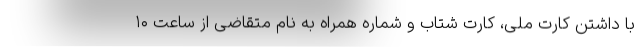
با داشتن کارت ملی، کارت شتاب و شماره همراه به نام متقاضی از ساعت ۱۰